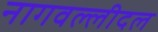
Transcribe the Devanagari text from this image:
नागवल्लीदल